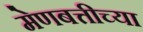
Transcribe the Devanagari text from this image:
मेणबत्तीच्या